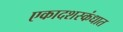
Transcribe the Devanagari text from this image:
एकादशस्‍कंधात